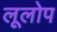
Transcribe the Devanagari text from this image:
लूलोप